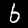
Label: 6